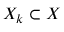
X _ { k } \subset X